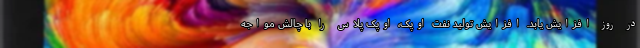
در روز افزایش یابد. افزایش تولید نفت اوپک، اوپک پلاس را با چالش مواجه